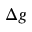
\Delta g